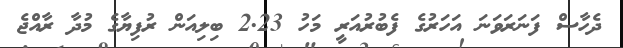
ދެހާސް ފަނަރަވަނަ އަހަރުގެ ފެބުރުއަރީ މަހު 2.23 ބިލިއަން ރުފިޔާގެ މުދާ ރާއްޖެ